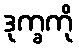
ဒုက္ခကို